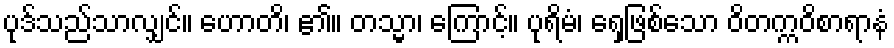
ပုဒ်သည်သာလျှင်။ ဟောတိ၊ ၏။ တသ္မာ၊ ကြောင့်။ ပုရိမံ၊ ရှေ့ဖြစ်သော ဝိတက္ကဝိစာရာနံ